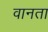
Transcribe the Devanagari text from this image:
वानता